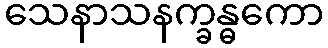
သေနာသနက္ခန္ဓကော